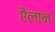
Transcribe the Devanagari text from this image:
एैलान